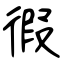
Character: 徦